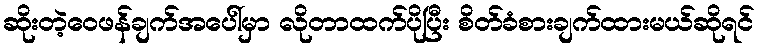
ဆိုးတဲ့ဝေဖန်ချက်အပေါ်မှာ လိုတာထက်ပိုပြီး စိတ်ခံစားချက်ထားမယ်ဆိုရင်